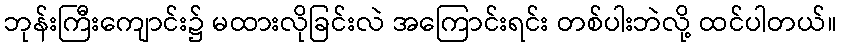
ဘုန်းကြီးကျောင်း၌ မထားလိုခြင်းလဲ အကြောင်းရင်း တစ်ပါးဘဲလို့ ထင်ပါတယ်။